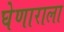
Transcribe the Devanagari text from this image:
घेणाराला